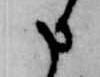
申